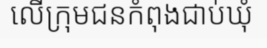
លើក្រុមជនកំពុងជាប់ឃុំ